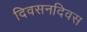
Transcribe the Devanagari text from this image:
दिवसनदिवस